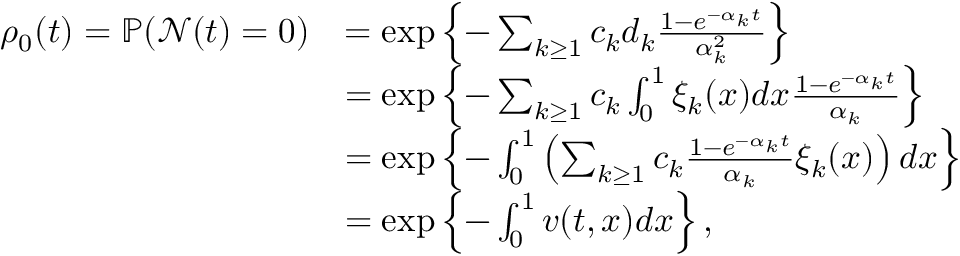
\begin{array} { r l } { \rho _ { 0 } ( t ) = \mathbb { P } ( \mathcal { N } ( t ) = 0 ) } & { = \exp \left\{ - \sum _ { k \geq 1 } c _ { k } d _ { k } \frac { 1 - e ^ { - \alpha _ { k } t } } { \alpha _ { k } ^ { 2 } } \right\} } \\ & { = \exp \left\{ - \sum _ { k \geq 1 } c _ { k } \int _ { 0 } ^ { 1 } \xi _ { k } ( x ) d x \frac { 1 - e ^ { - \alpha _ { k } t } } { \alpha _ { k } } \right\} } \\ & { = \exp \left\{ - \int _ { 0 } ^ { 1 } \left( \sum _ { k \geq 1 } c _ { k } \frac { 1 - e ^ { - \alpha _ { k } t } } { \alpha _ { k } } \xi _ { k } ( x ) \right) d x \right\} } \\ & { = \exp \left\{ - \int _ { 0 } ^ { 1 } v ( t , x ) d x \right\} , } \end{array}